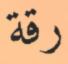
رقة